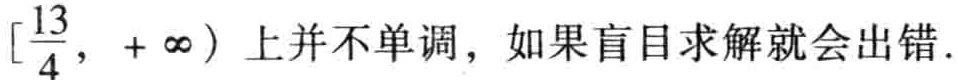
$\left[\dfrac{13}{4},+\infty\right)$上并不单调，如果盲目求解就会出错.